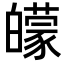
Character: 𤾬